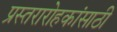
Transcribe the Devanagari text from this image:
प्रस्तरारोहकांसाठी